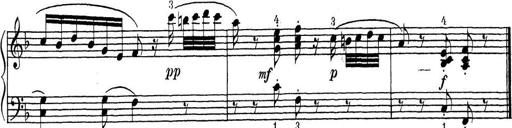
Title: ÄŒeskÃ© Sonatiny
Composer: Various